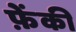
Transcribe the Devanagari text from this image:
फ़ेंकी